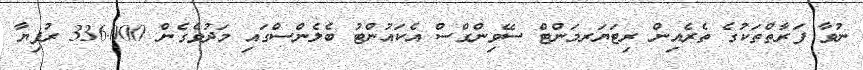
ނުވާ ފަރާތްތަކުގެ ތެރެއިން ރިޓަޔަރމަންޓް ސޭވިންގްސް އެކައުންޓު ބެލެންސްގައި މަދުވެގެން 336